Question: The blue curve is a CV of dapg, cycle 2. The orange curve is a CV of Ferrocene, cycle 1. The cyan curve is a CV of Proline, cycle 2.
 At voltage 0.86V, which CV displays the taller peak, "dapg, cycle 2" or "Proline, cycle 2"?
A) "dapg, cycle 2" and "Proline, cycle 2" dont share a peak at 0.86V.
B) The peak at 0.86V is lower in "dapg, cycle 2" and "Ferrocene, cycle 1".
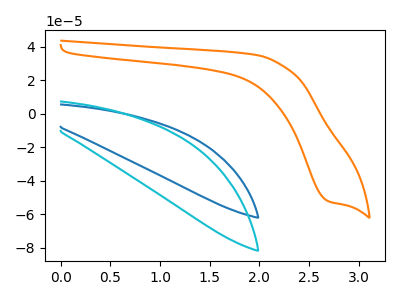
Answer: <think>The blue curve "dapg, cycle 2" has no peaks. The orange curve "Ferrocene, cycle 1" has a cathodic peak at: (2.70V, -52.15uA). The cyan curve "Proline, cycle 2" has no peaks.</think>
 <answer>A) "dapg, cycle 2" and "Proline, cycle 2" dont share a peak at 0.86V.</answer>
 <eval>A</eval>